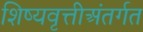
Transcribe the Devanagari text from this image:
शिष्यवृत्तीअंतर्गत